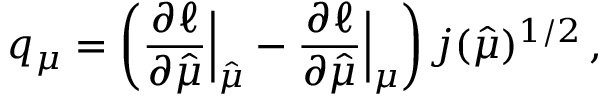
q _ { \mu } = \left( \frac { \partial \ell } { \partial \hat { \mu } } \Bigr | _ { \hat { \mu } } - \frac { \partial \ell } { \partial \hat { \mu } } \Bigr | _ { \mu } \right) j ( \hat { \mu } ) ^ { 1 / 2 } \, ,